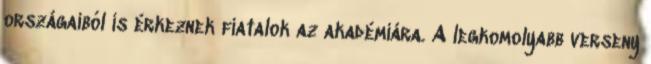
országaiból is érkeznek fiatalok az akadémiára. A legkomolyabb verseny